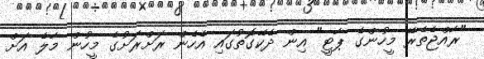
"ރާއްޖެތެރޭ މީހުންގެ ޕާޓީ" އިން ދެކޭގޮތުގައި އެހެން ރަށްރަށުގެ މީހުން މާލެ އަށް